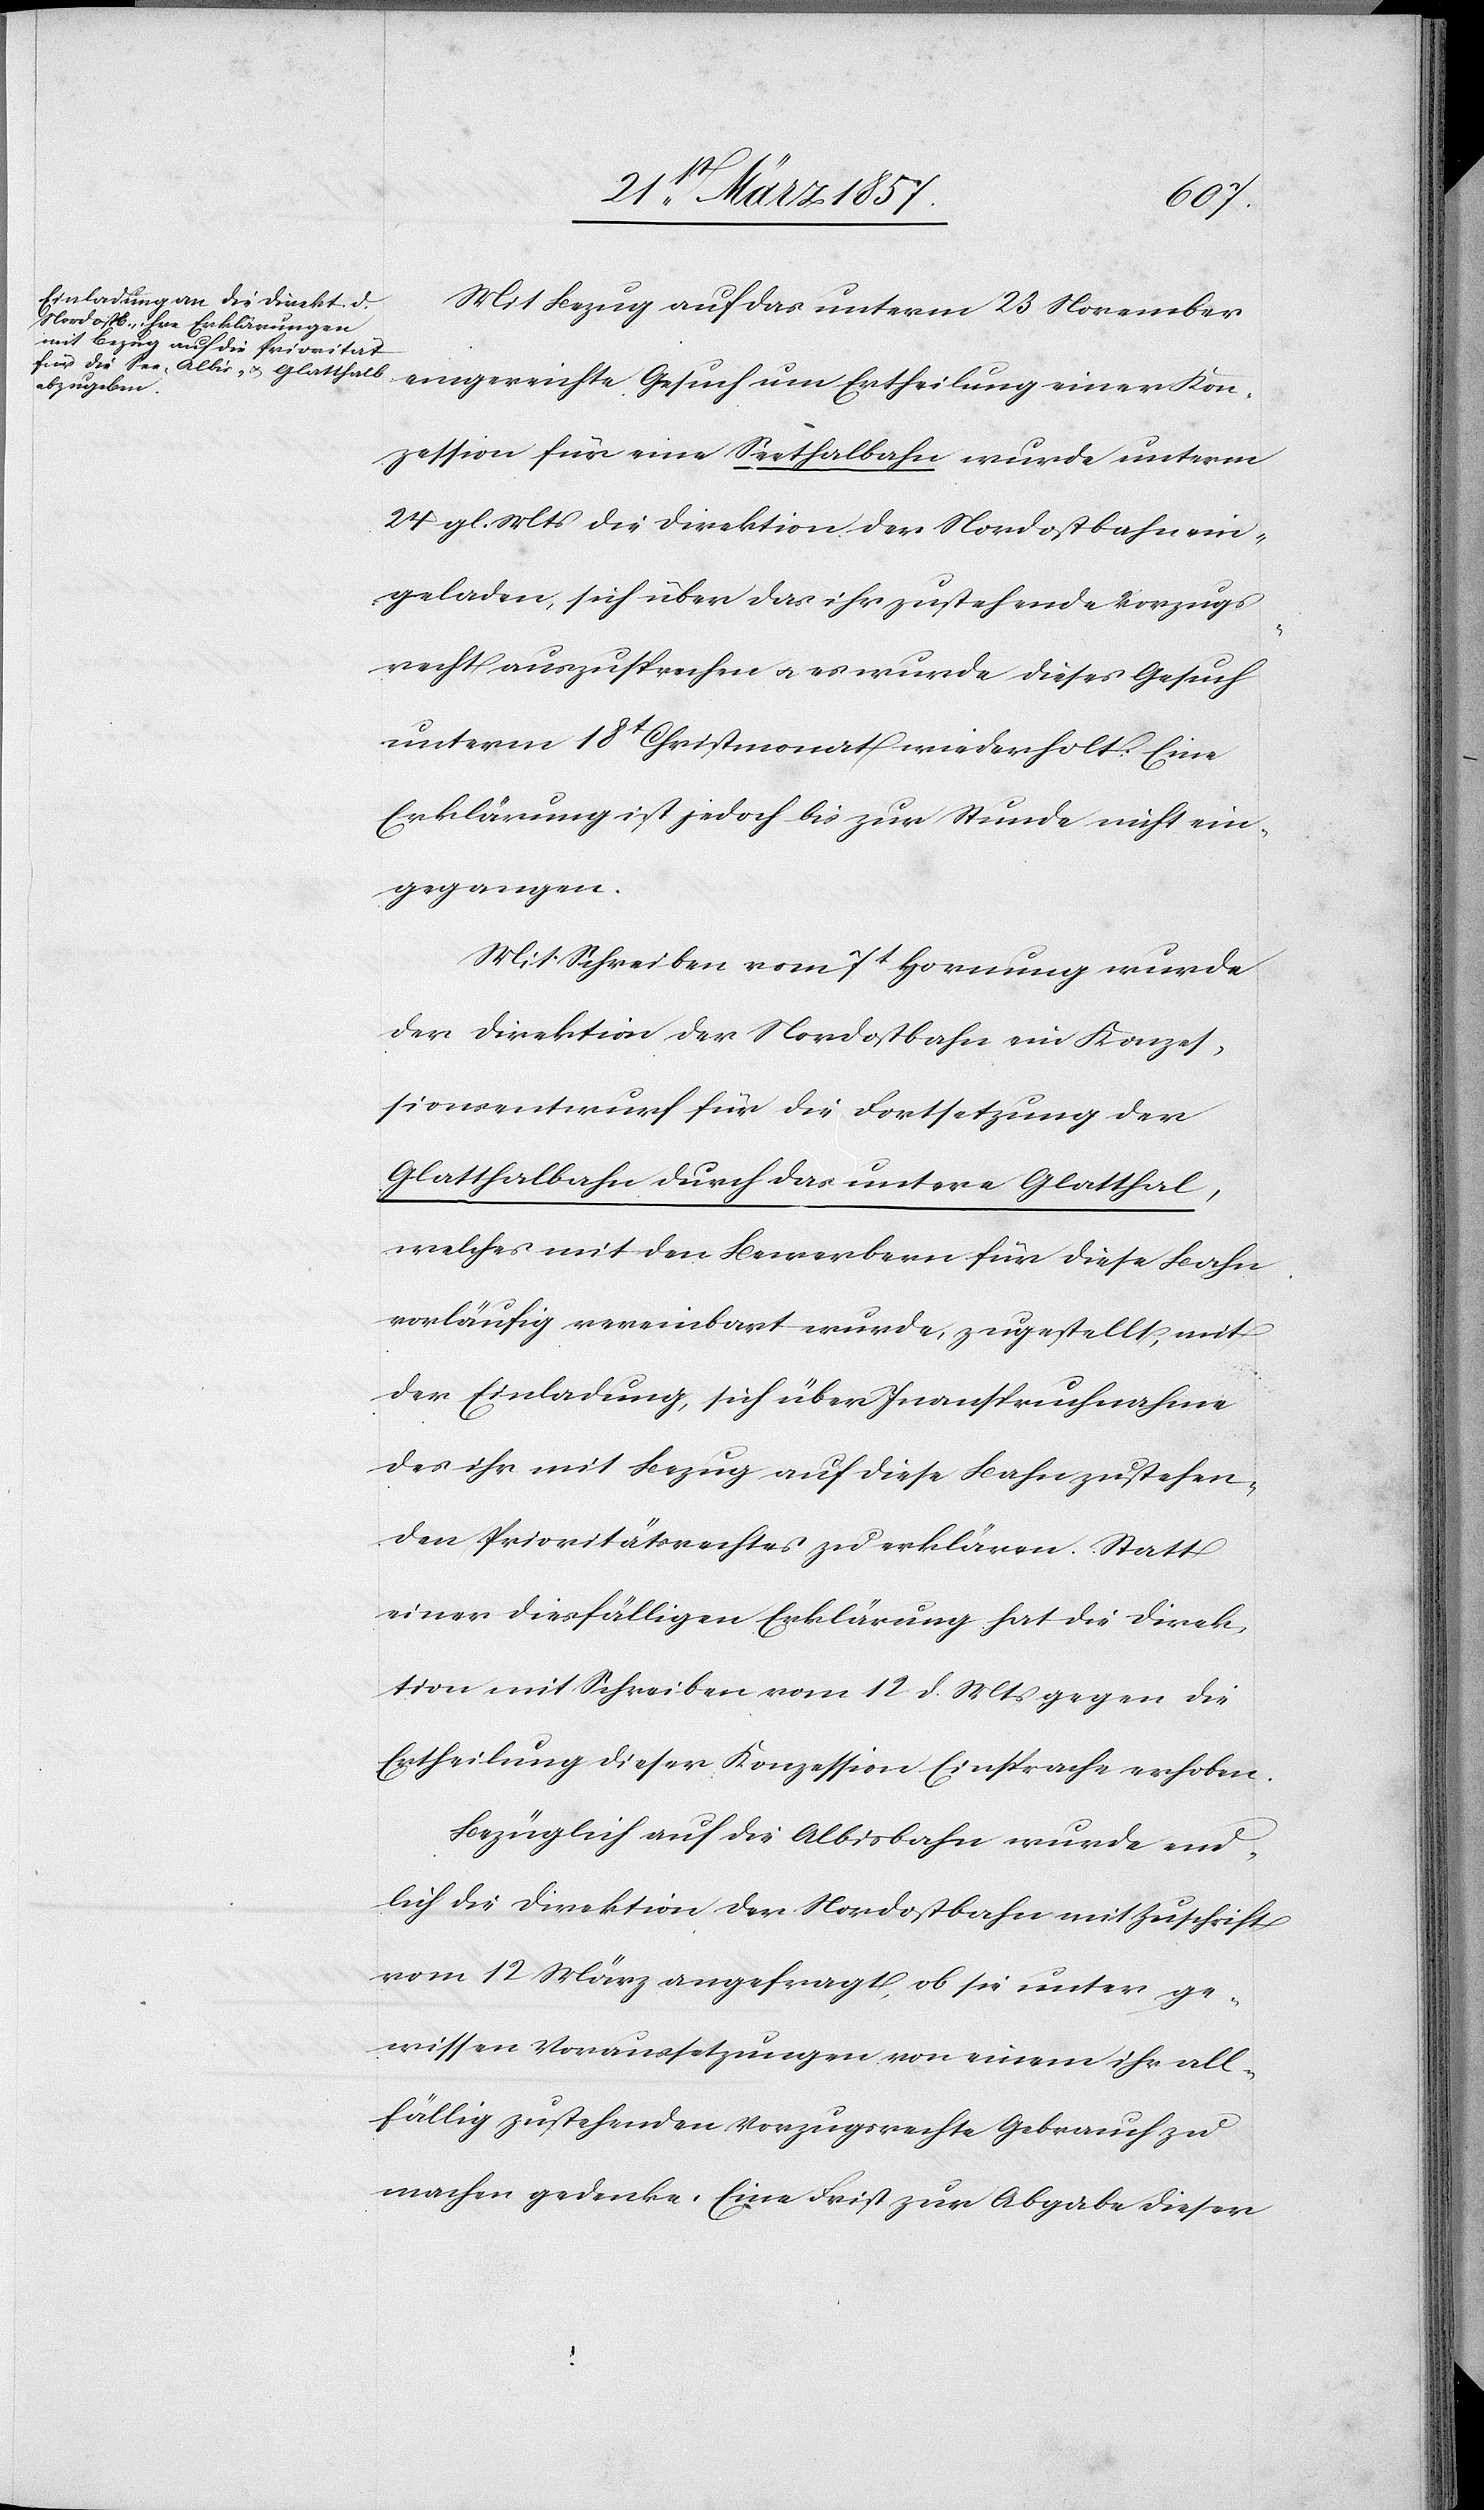
Mit Bezug auf das unterm 23 November
eingereichte Gesuch um Ertheilung einer Kon¬
zession für eine Seethalbahn wurde unterm
24 gl. Mts die Direktion der Nordostbahn ein¬
geladen, sich über das ihr zustehende Verzugs¬
recht auszusprechen u. es wurde dieses Gesuch
unterm 18t Christmonat wiederholt. Eine
Erklärung ist jedoch bis zur Stunde nicht ein¬
gegangen.
Mit Schreiben vom 7t Hornung wurde
der Direktion der Nordostbahn ein Konzes¬
sionsentwurf für die Fortsetzung der
Glatthalbahn durch das untere Glatthal,
welches mit den Bewerbern für diese Bahn
vorläufig vereinbart wurde, zugestellt, mit
der Einladung, sich über Inanspruchnahme
des ihr mit Bezug auf diese Bahn zustehen¬
den Prioritätsrechtes zu erklären. Statt
einer diesfälligen Erklärung hat die Direk¬
tion mit Schreiben vom 12 d. Mts gegen die
Ertheilung dieser Konzession Einsprache erhoben.
Bezüglich auf die Albisbahn wurde end¬
lich die Direktion der Nordostbahn mit Zuschrift
vom 12 März angefragt, ob sie unter ge¬
wissen Voraussetzungen von einem ihr all¬
fällig zustehenden Vorzugsrechte Gebrauch zu
machen gedenke. Eine Frist zur Abgabe dieser